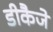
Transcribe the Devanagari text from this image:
डीकैजे